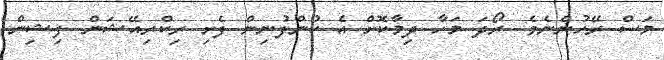
މަސް ރޭހުންނެވެ. ރޯދަ މަހާ ދިމާކޮށް އެ ކުންފުނިން ފެށި ރިކްރިއޭޝަން ފިޝިން